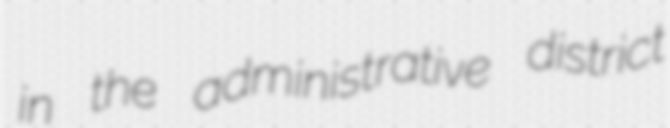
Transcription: in the administrative district